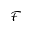
\mathcal { F }